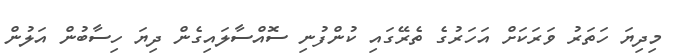
މިދިޔަ ހަތަރު ވަރަކަށް އަހަރުގެ ތެރޭގައި ކުންފުނި ސޮއްސާލައިގެން ދިޔަ ހިސާބުން އަލުން